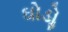
ઘોડોૢ